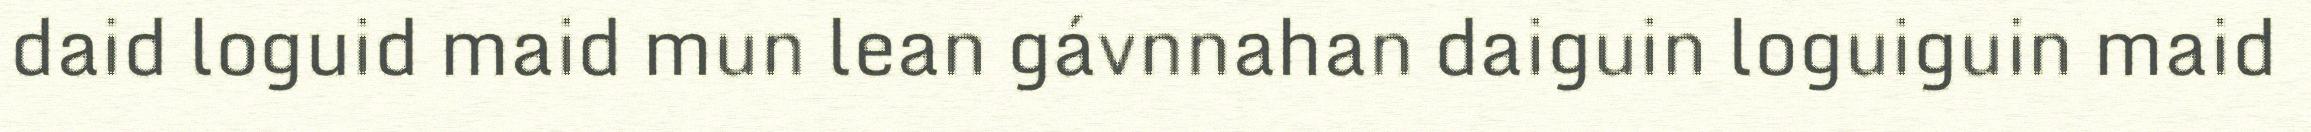
daid loguid maid mun lean gávnnahan daiguin loguiguin maid